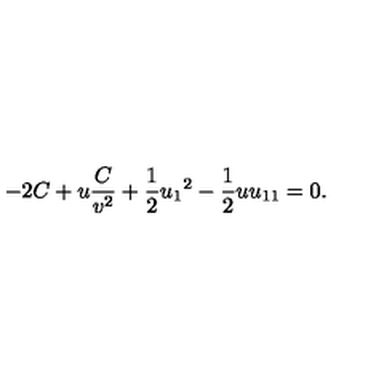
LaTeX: - 2 C + u \frac { C } { v ^ { 2 } } + \frac { 1 } { 2 } { u _ { 1 } } ^ { 2 } - \frac { 1 } { 2 } u u _ { 1 1 } = 0 .